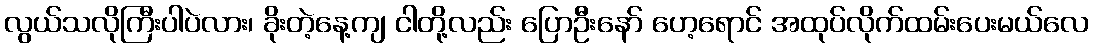
လွယ်သလိုကြီးပါပဲလား၊ ခိုးတဲ့နေ့ကျ ငါတို့လည်း ပြောဦးနော် ဟေ့ရောင် အထုပ်လိုက်ထမ်းပေးမယ်လေ